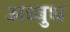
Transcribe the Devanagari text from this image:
अध्बुध